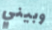
وبيني